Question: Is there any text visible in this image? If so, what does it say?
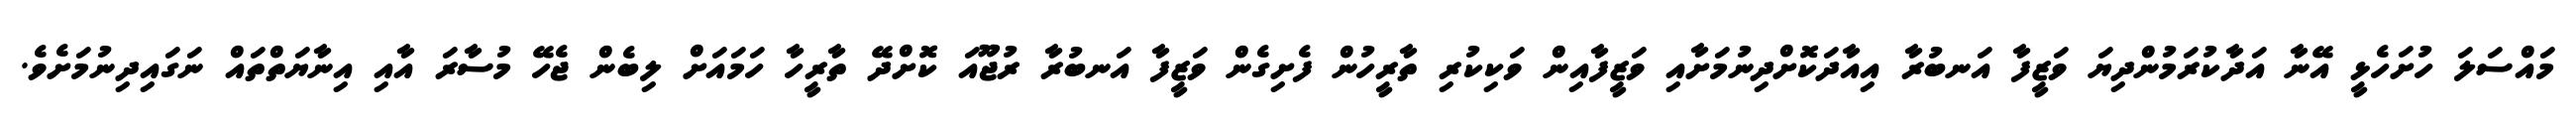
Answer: މައްސަލަ ހުށަހެޅީ އޭނާ އަދާކުރަމުންދިޔަ ވަޒީފާ އަނބުރާ އިއާދަކޮށްދިނުމަށާއި ވަޒީފާއިން ވަކިކުރި ތާރީހުން ފެށިގެން ވަޒީފާ އަނބުރާ ރުޖޫއަ ކޮށްދޭ ތާރީހާ ހަމައަށް ލިބެން ޖެހޭ މުސާރަ އާއި އިނާޔަތްތައް ނަގައިދިނުމަށެވެ.